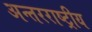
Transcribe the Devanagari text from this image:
अन्‍तरराष्ट्रीय